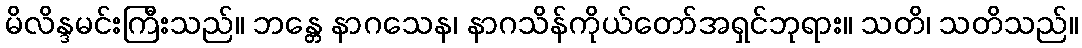
မိလိန္ဒမင်းကြီးသည်။ ဘန္တေ နာဂသေန၊ နာဂသိန်ကိုယ်တော်အရှင်ဘုရား။ သတိ၊ သတိသည်။